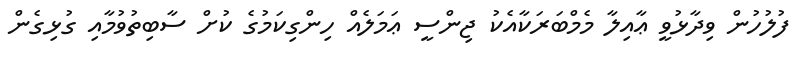
ފުލުހުން ވިދާޅުވީ ޢާއިލާ މެމްބަރަކާއެކު ޖިންސީ ޢަމަލެއް ހިންގިކަމުގެ ކުށް ސާބިތުވުމާއި ގުޅިގެން